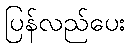
ပြန်လည်ပေး